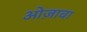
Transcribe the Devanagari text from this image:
ओज़ावा